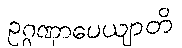
ဥဂ္ဂဏှာပေယျာတိ